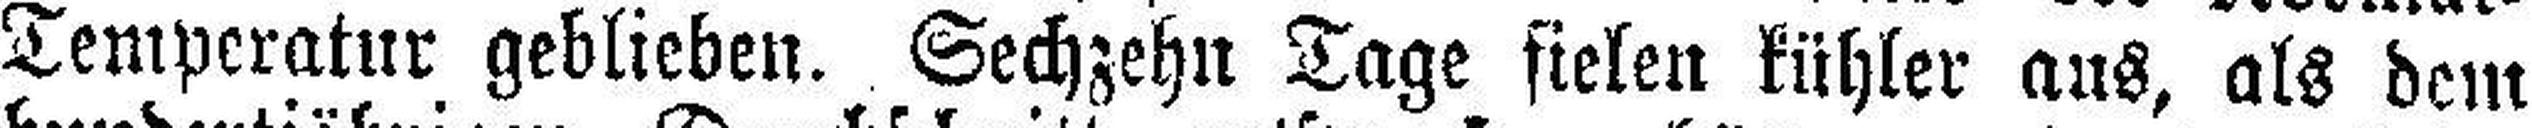
Temperatur geblieben. Sechzehn Tage sielen kühler aus, als dem